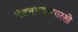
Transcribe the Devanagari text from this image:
चंदनगडासारखे